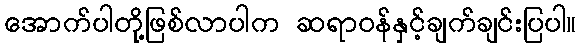
အောက်ပါတို့ဖြစ်လာပါက ဆရာဝန်နှင့်ချက်ချင်းပြပါ။